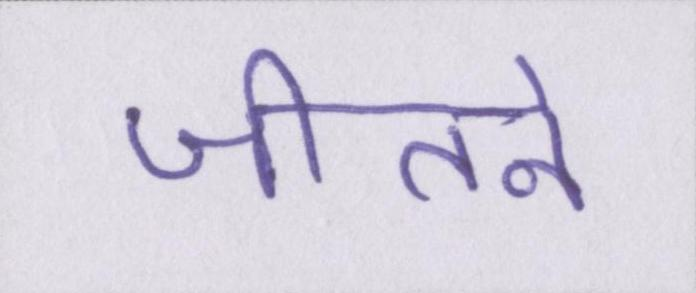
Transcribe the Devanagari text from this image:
जीतने